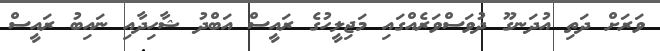
ވަރަށް ދަތި އުދަނގޫ ދުވަސްވަރެއްގައި މަޖިލީހުގެ ރައީސް އަބްދު ޝާހިދާއި ނައިބު ރައީސް